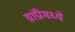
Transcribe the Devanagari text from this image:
ग्रांप्रीमध्ये